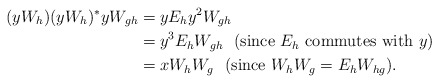
\begin{align*}(yW_{h})(yW_{h})^{*}yW_{gh}&=yE_{h}y^{2}W_{gh} \\ & = y^{3}E_{h}W_{gh} \textrm{~~(since $E_{h}$ commutes with $y$)} \\ & = x W_{h}W_{g} \textrm{~~(since $W_{h}W_{g}=E_{h}W_{hg}$)}. \end{align*}